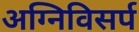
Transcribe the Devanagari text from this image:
अग्निविसर्प